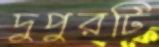
দুপুরটি